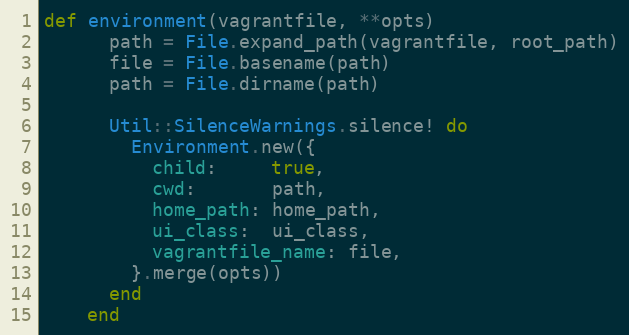
Language: Ruby
def environment(vagrantfile, **opts)
      path = File.expand_path(vagrantfile, root_path)
      file = File.basename(path)
      path = File.dirname(path)

      Util::SilenceWarnings.silence! do
        Environment.new({
          child:     true,
          cwd:       path,
          home_path: home_path,
          ui_class:  ui_class,
          vagrantfile_name: file,
        }.merge(opts))
      end
    end